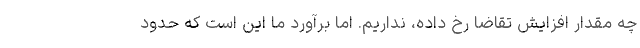
چه مقدار افزایش تقاضا رخ داده، نداریم. اما برآورد ما این است که حدود